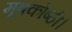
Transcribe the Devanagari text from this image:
मूषकोष्ठी।